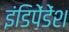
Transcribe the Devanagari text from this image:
इंडिपेंडेंश